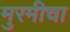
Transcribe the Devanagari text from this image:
मुरमीचा